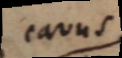
cavus